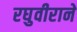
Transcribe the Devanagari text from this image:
रघुवीराने